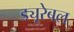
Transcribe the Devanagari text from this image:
ड्यूरेबल